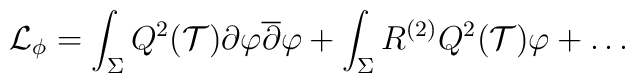
{\cal L}_\phi = \int _\Sigma Q^2({\cal T}) \partial \varphi  {\overline \partial \varphi}+ \int _\Sigma R^{(2)} Q^2({\cal T}) \varphi + \dots